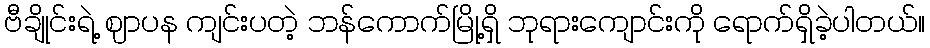
ဗီချိုင်းရဲ့ ဈာပန ကျင်းပတဲ့ ဘန်ကောက်မြို့ရှိ ဘုရားကျောင်းကို ရောက်ရှိခဲ့ပါတယ်။